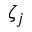
\zeta _ { j }